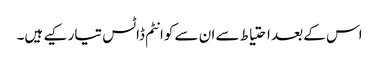
اس کے بعد احتیاط سے ان سے کوانٹم ڈاٹس تیار کیے ہیں۔